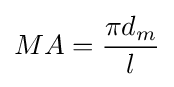
MA={\frac {\pi d_{m}}{l}}